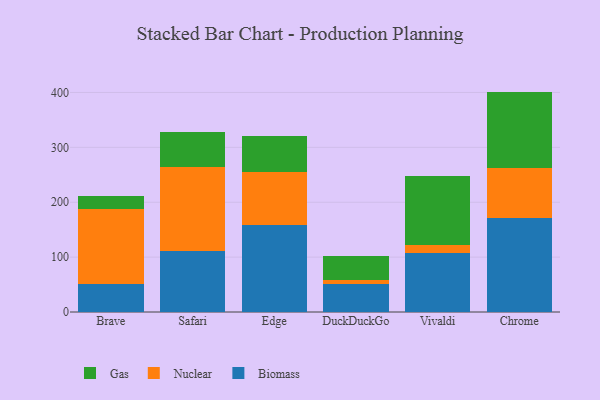
{"axis": {"x": "Browser", "y": "Latency (ms)"}, "legend": ["Biomass", "Gas", "Nuclear"], "data": [{"x": "Brave", "y": 51.3, "type": "Biomass"}, {"x": "Brave", "y": 136.8, "type": "Nuclear"}, {"x": "Brave", "y": 22.7, "type": "Gas"}, {"x": "Safari", "y": 110.6, "type": "Biomass"}, {"x": "Safari", "y": 154.3, "type": "Nuclear"}, {"x": "Safari", "y": 63.2, "type": "Gas"}, {"x": "Edge", "y": 159.4, "type": "Biomass"}, {"x": "Edge", "y": 95.9, "type": "Nuclear"}, {"x": "Edge", "y": 65.5, "type": "Gas"}, {"x": "DuckDuckGo", "y": 51.7, "type": "Biomass"}, {"x": "DuckDuckGo", "y": 6.0, "type": "Nuclear"}, {"x": "DuckDuckGo", "y": 44.0, "type": "Gas"}, {"x": "Vivaldi", "y": 108.0, "type": "Biomass"}, {"x": "Vivaldi", "y": 14.9, "type": "Nuclear"}, {"x": "Vivaldi", "y": 124.8, "type": "Gas"}, {"x": "Chrome", "y": 170.9, "type": "Biomass"}, {"x": "Chrome", "y": 92.3, "type": "Nuclear"}, {"x": "Chrome", "y": 138.4, "type": "Gas"}]}